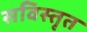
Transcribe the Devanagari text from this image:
सविस्तृत